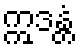
ဣဒန္တံ